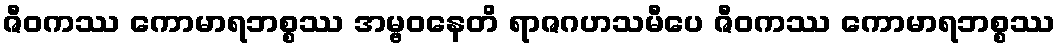
ဇီဝကဿ ကောမာရဘစ္စဿ အမ္ဗဝနေတိ ရာဇဂဟသမီပေ ဇီဝကဿ ကောမာရဘစ္စဿ